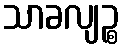
သာခလျဉ္စ